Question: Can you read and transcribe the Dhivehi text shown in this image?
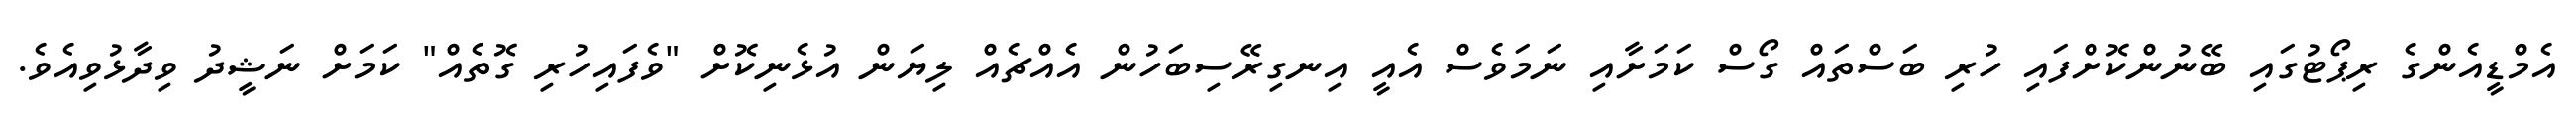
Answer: އެމްޑީއެންގެ ރިޕޯޓުގައި ބޭނުންކޮށްފައި ހުރި ބަސްތައް ގޯސް ކަމަށާއި ނަމަވެސް އެއީ އިނގިރޭސިބަހުން އެއްޗެއް ލިޔަން އުޅެނިކޮށް "ވެފައިހުރި ގޮތެއް" ކަމަށް ނަޝީދު ވިދާޅުވިއެވެ.